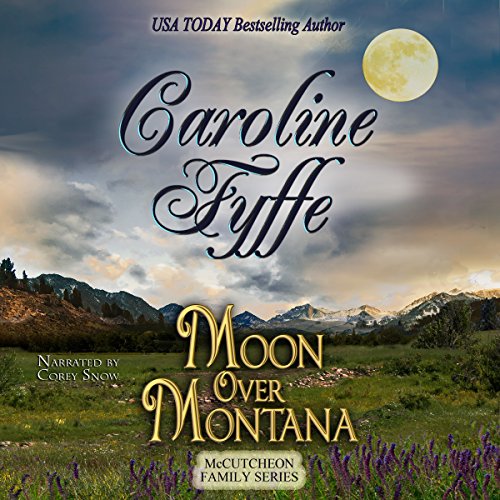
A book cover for Moon Over Montana: McCutcheon Family Series, Book 5; Caroline Fyffe; Romance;